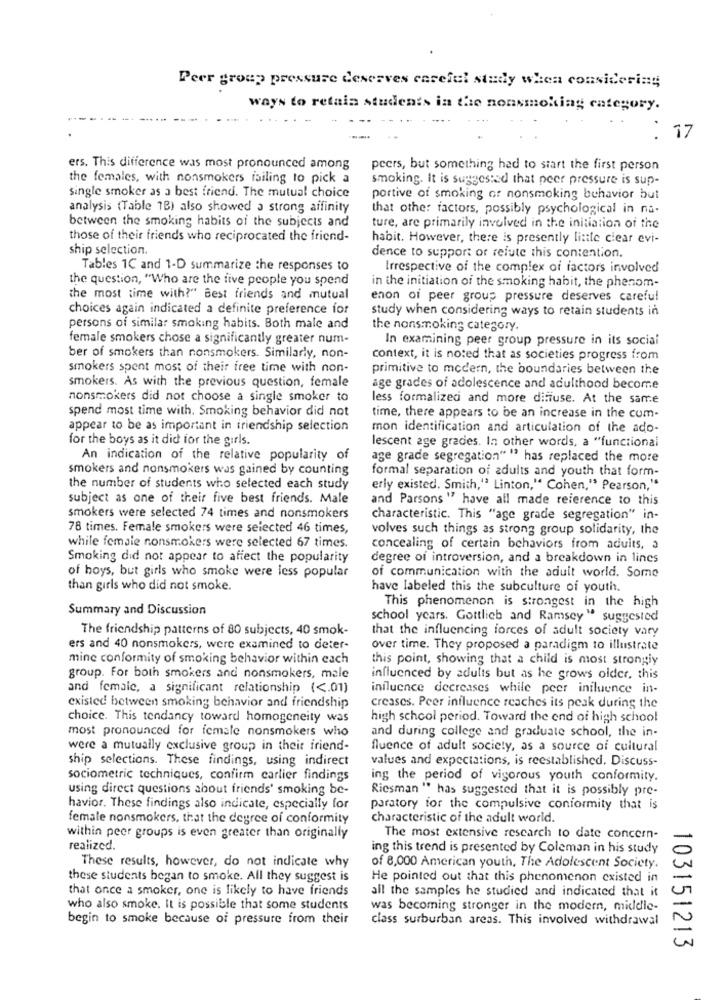
Peer group pressure deserves careful study when considering
ways to retain students in the nonsmoking category.
17
ers. This difference was most pronounced among
peers, but something had to start the first person
the females, with nonsmokers failing to pick a
smoking. It is suggested that peer pressure is sup-
single smoker as a best friend. The mutual choice
portive of smoking of nonsmoking behavior but
analysis (Table 1B) also showed a strong affinity
that other factors, possibly psychological in na-
between the smoking habits of the subjects and
ture, are primarily involved in the initiation of the
those of their friends who reciprocated the friend-
habit. However, there is presently little ciear evi-
ship selection.
dence to support or refute this contention.
Tables 1C and 1-D summarize the responses to
Irrespective of the complex of factors involved
the question, "Who are the five people you spend
in the initiation of the smoking habit, the phenom-
the most time with?" Best friends and mutual
enon of peer group pressure deserves careful
choices again indicated a definite preference for
study when considering ways to retain students in
persons of similar smoking habits. Both male and
the nonsmoking category.
female smokers chose a significantly greater num-
In examining peer group pressure in its social
ber of smokers than nonsmokers. Similarly, non-
context, it is noted that as societies progress from
smokers spent most of their free time with non-
primitive to modern, the boundaries between the
smokers. As with the previous question, female
age grades of adolescence and adulthood become
nonsmokers did not choose a single smoker to
less formalized and more diffuse. At the same
spend most time with. Smoking behavior did not
time, there appears to be an increase in the cum-
appear to be as important in friendship selection
mon identification and articulation of the ado-
for the boys as it did for the girls.
lescent age grades. In other words, a "functional
An indication of the relative popularity of
age grade segregation" " has replaced the more
smokers and nonsmokers was gained by counting
formal separation of adults and youth that form-
the number of students who selected each study
erly existed. Smith," Linton," Cohen," Pearson,"
subject as one of their five best friends. Male
and Parsons " have all made reference to this
smokers were selected 74 times and nonsmokers
characteristic. This "age grade segregation" in-
78 times. Female smokers were selected 46 times,
volves such things as strong group solidarity, the
while female nonsmokers were selected 67 times.
concealing of certain behaviors from adults, a
Smoking did not appear to affect the popularity
degree of introversion, and a breakdown in lines
of boys, but girls who smoke were less popular
of communication with the adult world. Some
than girls who did not smoke.
have labeled this the subculture of youth.
This phenomenon is strongest in the high
Summary and Discussion
school years. Gottlieb and Ramsey" suggested
The friendship patterns of 80 subjects, 40 smok-
that the influencing forces of adult society vary
ers and 40 nonsmokers, were examined to deter-
over time. They proposed a paradigm to illustrate
mine conformity of smoking behavior within each
this point, showing that a child is most strongiy
group. For both smokers and nonsmokers, male
influenced by adults but as he grows older, this
and female, a significant relationship ( <. 01)
influence decreases while peer influence in-
existed between smoking behavior and friendship
creases. Peer influence reaches its peak during the
choice. This tendancy toward homogeneity was
high school period. Toward the end of high school
most pronounced for female nonsmokers who
and during college and graduate school, the in-
were a mutually exclusive group in their friend-
fluence of adult society, as a source of cultural
ship selections. These findings, using indirect
values and expectations, is reestablished. Discuss-
sociometric techniques, confirm carlier findings
ing the period of vigorous youth conformity.
using direct questions about friends' smoking be-
Ricsman " has suggested that it is possibly pre-
havior. These findings also indicate, especially for
paratory for the compulsive conformity that is
female nonsmokers, that the degree of conformity
characteristic of the adult world.
within peer groups is even greater than originally
The most extensive research to date concern-
realized.
ing this trend is presented by Coleman in his study
These results, however, do not indicate why
of 8,000 American youth, The Adolescent Society.
these students began to smoke. All they suggest is
He pointed out that this phenomenon existed in
that once a smoker, one is likely to have friends
all the samples he studied and indicated that it
who also smoke. It is possible that some students
was becoming stronger in the modern, middle-
begin to smoke because of pressure from their
class surburban areas. This involved withdrawal
103151213